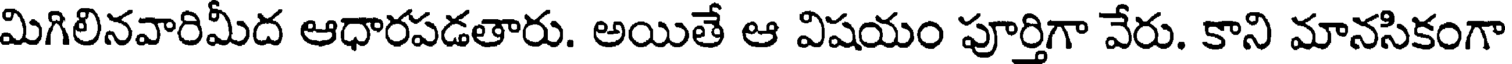
మిగిలినవారిమీద ఆధారపడతారు. అయితే ఆ విషయం పూర్తిగా వేరు. కాని మానసికంగా